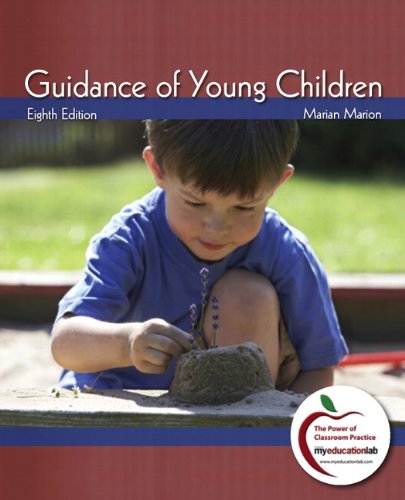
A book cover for Guidance of Young Children, 8th Edition; Marian C. Marion; Business & Money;